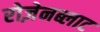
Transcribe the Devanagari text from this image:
रोज़ेनब्लाट